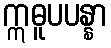
ဣဓူပပန္နာ